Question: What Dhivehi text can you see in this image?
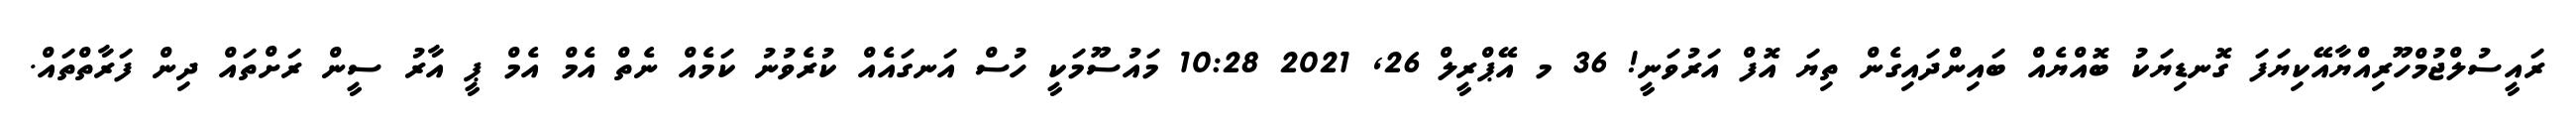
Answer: ރައީސުލްޖުމްހޫރިއްޔާއޭކިޔަފަ ގޮނޑިޔަކު ބޮއްޔެއް ބައިންދައިގެން ތިޔަ އޮފް އަރުވަނީ! 36 މ އޭޕްރީލް 26, 2021 10:28 މައުސޫމަކީ ހުސް އަނގައެއް ކުރެވުނު ކަމެއް ނެތް އެމް އެމް ޕީ އާރު ސީން ރަށްތައް ދިން ފަރާތްތައް.